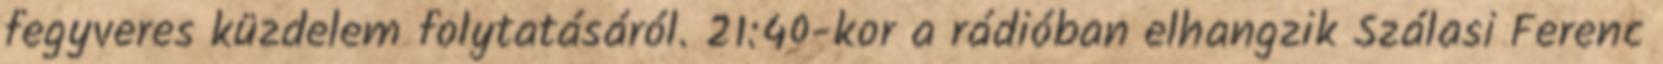
fegyveres küzdelem folytatásáról. 21:40-kor a rádióban elhangzik Szálasi Ferenc